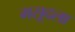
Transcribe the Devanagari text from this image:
मसूदला